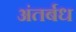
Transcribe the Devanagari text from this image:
अंतर्बध